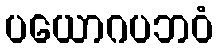
ပယောဂပဘဝံ